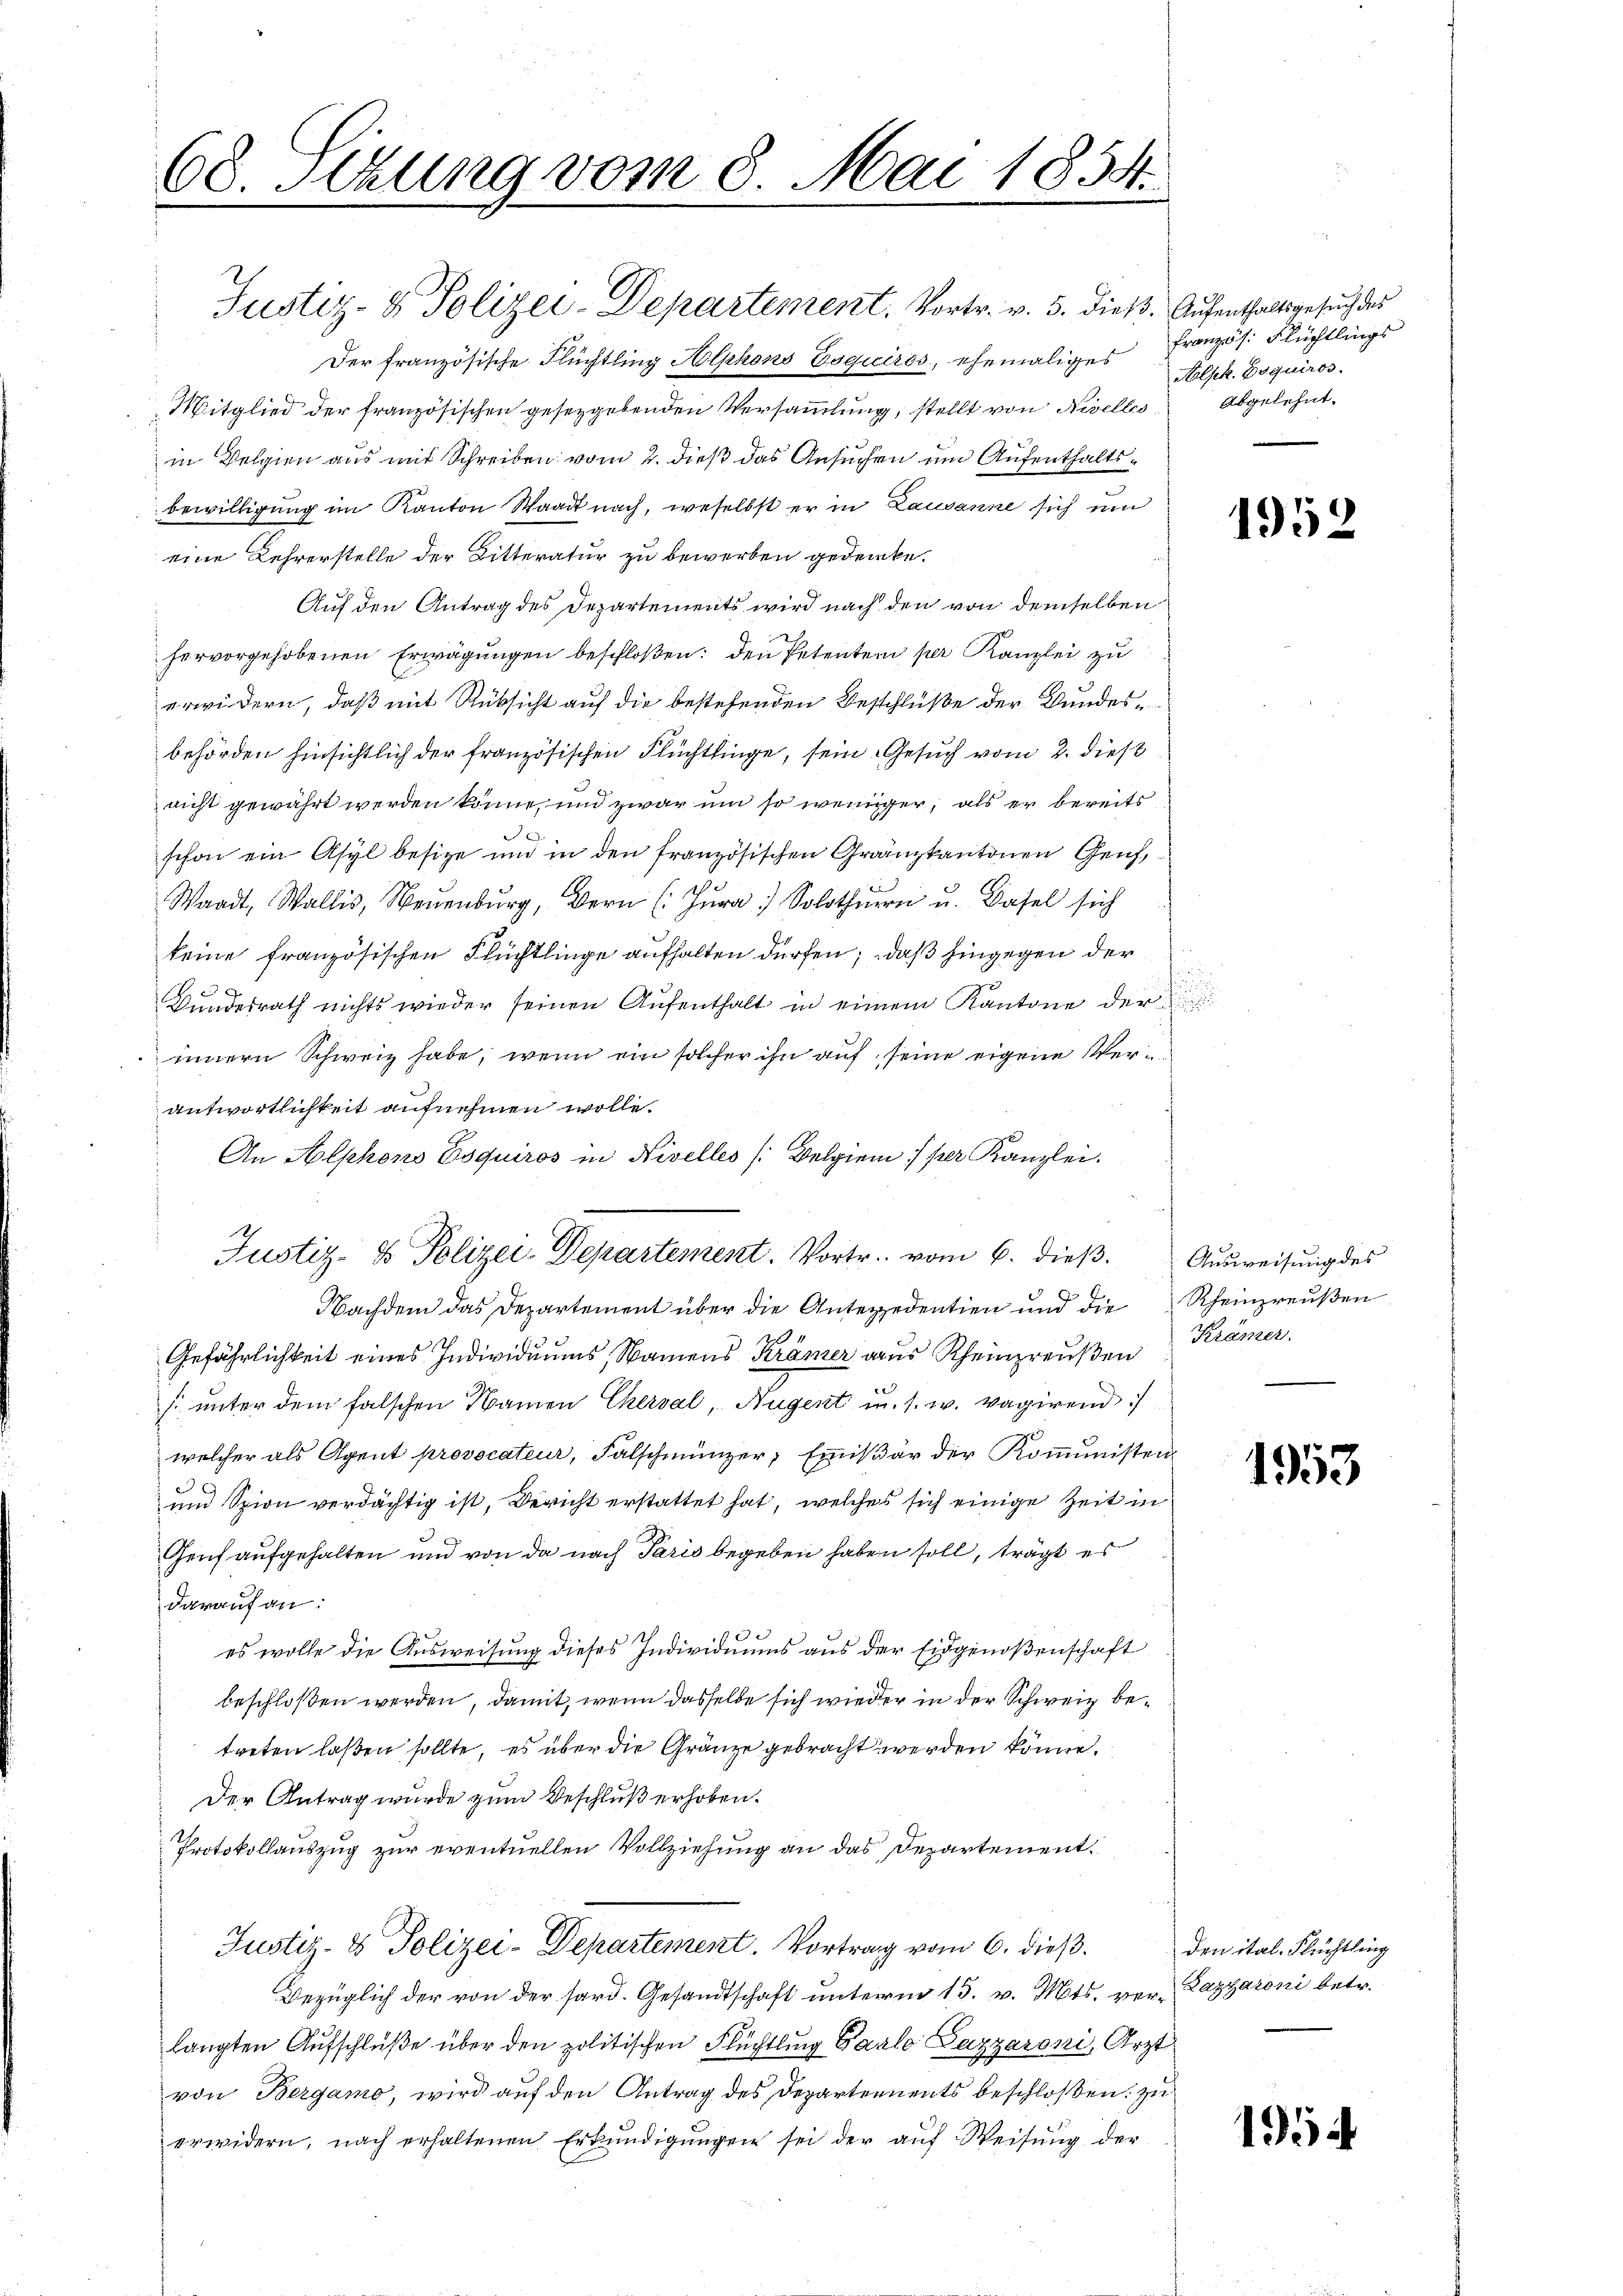
68. Sekung vom 8. Mai 1854.

Justiz- & Polizei-Departement. Vortr. v. 5. dieß. Aufenthaltsgesuch des
Der französische Flüchtling Alphons Esquciros, ehemaliges
Mitglied der französischen gesetzgebenden Versammlung, stellt von Nivelles abgelehnt.
in Velgien aus mit Schreiben vom 2. dieß das Ansuchen um Aufenthaltsbewilligung im Kanton Waadt nach, weselbst er in Lausanne sich um
eine Lehrerstelle der Ritteratur zu bewerben gedenke.
Auf den Antrag des Departements wird nach den von demselben
hervorgehobenen Erwägungen beschloßen: den Petenten per Kanzlei zu
erwidern, daß mit Rücksicht auf die bestehenden Beschlüße der Bundesbehörden hinsichtlich der französischen Flüchtlinge, sein Gesuch vom 2. dieß
nicht gewährt werden könne, und zwar um so weniger, als er bereits
6
schon ein Asyl besitze und in den französischen Gränzkantonen Genf,
Waadt, Wallis, Neuenburg, Bern (: Jura) Solothurn u. Basel sich
keine französischen Flüchtlinge aufhalten dürfen; daß hingegen der
0
Bundesrath nichts wieder seinen Aŭfenthalt in einem Kantone der
innern Schweiz habe, wenn ein solcher ihn auf seine eigene Verantwortlichkeit aufnehmen wolle.
An Alphons Esquiros in Nivelles (Belgien 1 per Kanzlei.
Nachdem das Departement über die Anterzedentien und die Rheinpreußen
Gefährlichkeit eines Individuums, Namens Krämer aus Rheinpreußen
s. unter dem falschen Namen Cherval, Hugent u. s. w. vagirend
welcher als Agent provocateur, Falschmünzer, Emmißär der Kommunisten

und Spion verdächtig ist, Bericht erstattet hat, welches sich einige Zeit in
Genf aufgehalten und von da nach Paris begeben haben soll, trägt es
darauf an:
es wolle die Ausweisung dieses Individuums aus der Eidgenoßenschaft
beschloßen werden, damit, wenn dasselbe sich wieder in der Schweiz betreten laßen sollte, es über die Gränze gebracht werden könne.
Der Antrag wurde zum Beschluß erhoben.
Protokollauszug zur eventuellen Vollziehung an das Departement.
Justiz- & Polizei-Departement. Vortrag vom 6. dieβ. den ital. Flüchtling
Bezüglich der von der fard. Gesandtschaft unterm 13. v. Mts. ver-Lazaroni betr.
langten Aufschlüße über den politischen Flüchtling Parlo Pazzaroni, Arzt
von Bergamo, wird auf den Antrag des Departements beschloßen: zu
erwidern, nach erhaltenen Erkŭndigŭngen sei der aŭf Weisung der

Justiz- & Polizei-Departement. Vortr. vom 6. dieβ. Ausweisung des

französ. Flüchtlings
Alpk. Foquiros.

1952

Krämer.

1953

1954